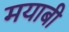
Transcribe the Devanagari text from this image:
मयाबी